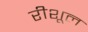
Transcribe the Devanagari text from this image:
रीशूल